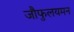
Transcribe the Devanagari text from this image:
जौफुलयमन